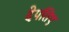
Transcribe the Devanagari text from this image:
देपतिए